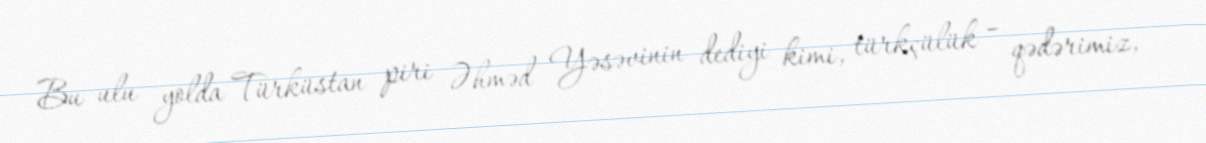
Bu ulu yolda Türküstan piri Əhməd Yəsəvinin dediyi kimi, türkçülük – qədərimiz,